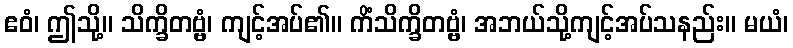
ဧဝံ၊ ဤသို့။ သိက္ခိတဗ္ဗံ၊ ကျင့်အပ်၏။ ကိံသိက္ခိတဗ္ဗံ၊ အဘယ်သို့ကျင့်အပ်သနည်း။ မယံ၊